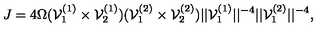
J = 4 \Omega ( { \cal V } _ { 1 } ^ { ( 1 ) } \times { \cal V } _ { 2 } ^ { ( 1 ) } ) ( { \cal V } _ { 1 } ^ { ( 2 ) } \times { \cal V } _ { 2 } ^ { ( 2 ) } ) | | { \cal V } _ { 1 } ^ { ( 1 ) } | | ^ { - 4 } | | { \cal V } _ { 1 } ^ { ( 2 ) } | | ^ { - 4 } ,